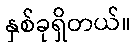
နှစ်ခုရှိတယ်။